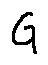
G